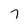
Character: T